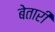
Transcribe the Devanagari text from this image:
बेतारी